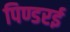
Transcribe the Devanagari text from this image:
पिण्डरई